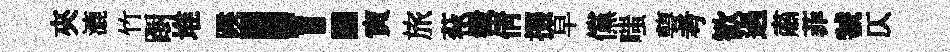
夾漉竹蹰堆蹊！寅旅萩嶻倩掇早儻嗤萼考歓過肅菲虢仄